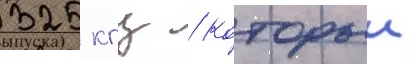
325 кгц / которыи